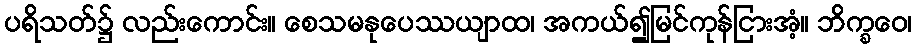
ပရိသတ်၌ လည်းကောင်း။ စေသမနုပေဿယျာထ၊ အကယ်၍မြင်ကုန်ငြားအံ့။ ဘိက္ခဝေ၊